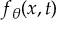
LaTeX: f _ { \theta } ( x , t )